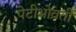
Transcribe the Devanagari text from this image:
पेटीभोवती